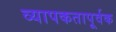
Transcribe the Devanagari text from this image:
व्यापकतापूर्वक